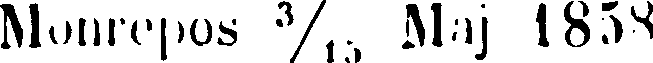
Monrepoa ³⁄₁₅ Maj 1858